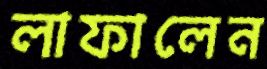
লাফালেন